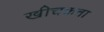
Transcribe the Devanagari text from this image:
खीचकता